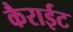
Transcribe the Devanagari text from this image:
कैराईट